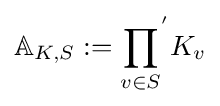
\mathbb {A} _{K,S}:={\prod _{v\in S}}^{'}K_{v}